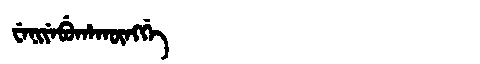
Manchu: ᠸᡝᠨᡳᠶᡝᠪᡠᡥᠠᡴᡡᠩᡤᡝ
Romanization: WENIYEBUHAKŪNGGE